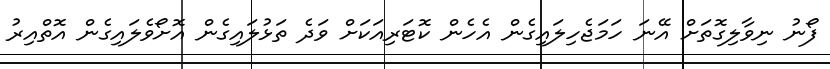
ފޯނު ނިވާލިގޮތަށް އޭނަ ހަމަޖެހިލައިގެން އެހެން ކޮޓަރިއަކަށް ވަދެ ތަޅުލައިގެން އޮށޯވެލައިގެން އޮތްއިރު